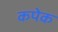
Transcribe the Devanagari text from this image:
कपेक